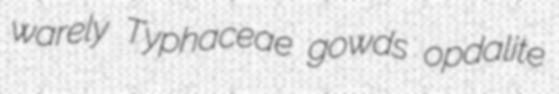
warely Typhaceae gowds opdalite